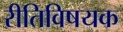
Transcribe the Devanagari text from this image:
रीतिविषयक